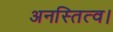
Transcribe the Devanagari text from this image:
अनस्तित्व।